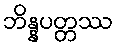
ဘိန္နပတ္တဿ